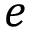
e